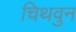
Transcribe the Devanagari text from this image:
चिथवुन